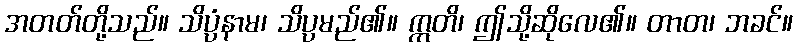
အတတ်တို့သည်။ သိပ္ပံနာမ၊ သိပ္ပမည်၏။ ဣတိ၊ ဤသို့ဆိုလေ၏။ တာတ၊ ဘခင်။